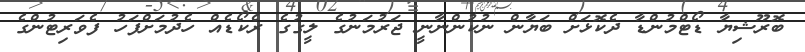
ބޮރޫޝިޔާ ޑޯޓްމުންޑާ ދެކޮޅަށް ބަޔާން ނުކުންނާނީ ޖަރުމަނުގެ ލީގުގެ ރެކޯޑެއް ހެދުމަށްފަހު ފެވަރިޓުންގެ